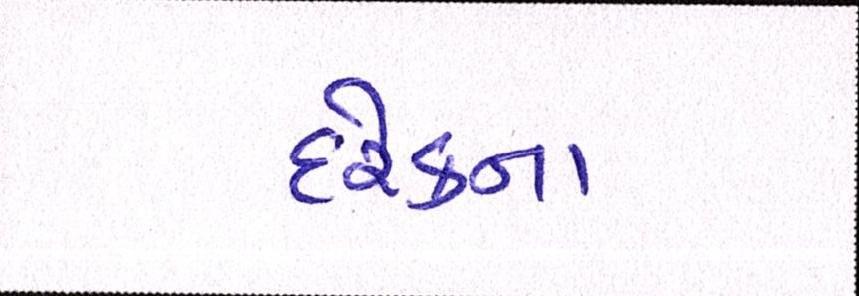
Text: દરેકના